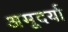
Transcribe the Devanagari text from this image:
अमूदर्या